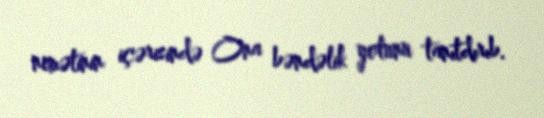
nemətinin içərisində Ona bəndəlik yolunu tanıtdırıb.